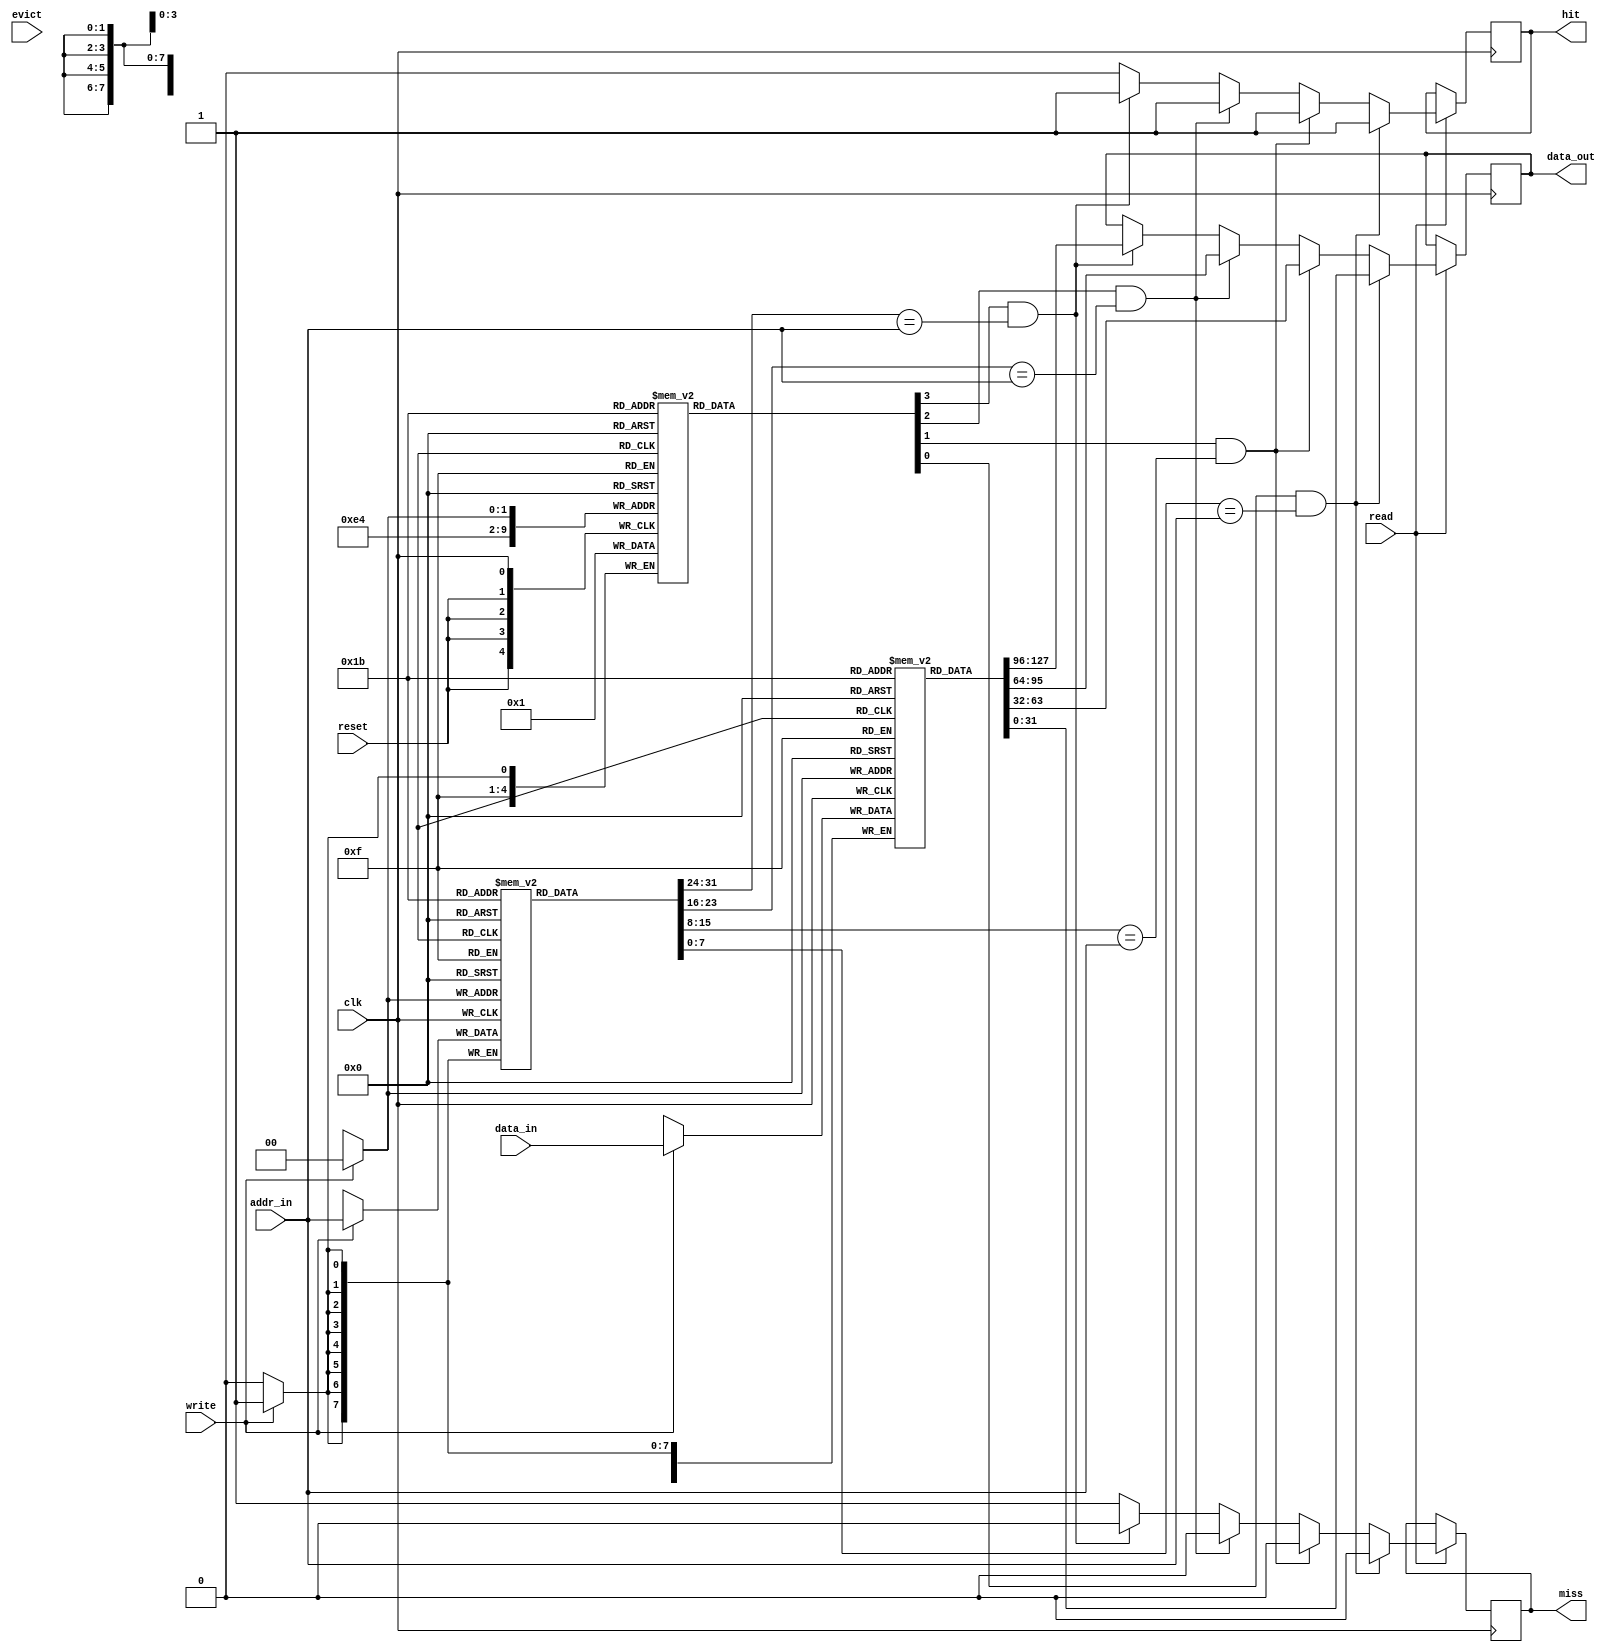
module victim_cache #(
    parameter CACHE_SIZE = 4, // Number of entries in the victim cache
    parameter ADDR_WIDTH = 8,  // Address width
    parameter DATA_WIDTH = 32   // Data width
)(
    input wire clk,
    input wire reset,
    
    // Input interface
    input wire [ADDR_WIDTH-1:0] addr_in,     // Address input
    input wire [DATA_WIDTH-1:0] data_in,     // Data input
    input wire read,                          // Read signal
    input wire write,                         // Write signal
    input wire evict,                         // Evict signal

    // Output interface
    output reg [DATA_WIDTH-1:0] data_out,    // Data output
    output reg hit,                           // Hit signal
    output reg miss                           // Miss signal
);

    // Cache entry structure
    reg [ADDR_WIDTH-1:0] tag [0:CACHE_SIZE-1]; // Tag field
    reg [DATA_WIDTH-1:0] data [0:CACHE_SIZE-1]; // Data field
    reg valid [0:CACHE_SIZE-1];                 // Valid bit
    reg dirty [0:CACHE_SIZE-1];                 // Dirty bit (optional)

    // Replacement policy (simple FIFO for this example)
    integer head = 0; // Pointer for FIFO replacement

    // Initialize cache on reset
    integer i;
    always @(posedge reset) begin
        for (i = 0; i < CACHE_SIZE; i = i + 1) begin
            valid[i] <= 0;
            dirty[i] <= 0;
        end
        head <= 0;
    end

    // Cache operations
    always @(posedge clk) begin
        if (read) begin
            hit <= 0;
            miss <= 1;
            // Check for a hit
            for (i = 0; i < CACHE_SIZE; i = i + 1) begin
                if (valid[i] && (tag[i] == addr_in)) begin
                    data_out <= data[i];
                    hit <= 1;
                    miss <= 0;
                end
            end
        end

        if (write) begin
            // Write data into the victim cache
            // Evict the oldest entry if the cache is full
            if (valid[head]) begin
                // Optionally handle dirty data
                if (dirty[head]) begin
                    // Write back to main memory (not implemented here)
                end
            end
            
            // Update the cache entry
            tag[head] <= addr_in;
            data[head] <= data_in;
            valid[head] <= 1;
            dirty[head] <= 1; // Mark as dirty since we're writing
            
            // Move head pointer for FIFO
            head <= (head + 1) % CACHE_SIZE;
        end

        if (evict) begin
            // Handle eviction logic (not fully implemented)
            // This could be a specific entry or based on a policy
        end
    end
endmodule